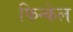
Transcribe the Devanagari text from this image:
फिन्केल